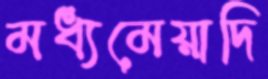
মধ্যমেয়াদি